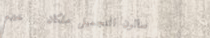
صالون التجميل ملكان   خدم